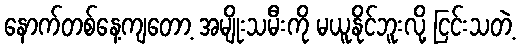
နောက်တစ်နေ့ကျတော့ အမျိုးသမီးကို မယူနိုင်ဘူးလို့ ငြင်းသတဲ့